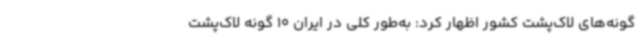
گونه‌های لاک‌پشت‌ کشور اظهار کرد: به‌طور کلی در ایران 10 گونه لاک‌پشت